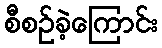
စီစဉ်ခဲ့ကြောင်း